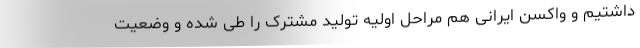
داشتیم و واکسن ایرانی هم مراحل اولیه تولید مشترک را طی شده و وضعیت